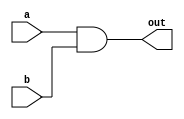
module AND (a, b, out);
	input a, b;
	output out;
    
    wire nand_ab;

    nand n1(nand_ab, a, b);
    nand n2(out, nand_ab, nand_ab);

endmodule


module OR (a, b, out);
	input a, b;
	output out;

    wire nand_aa, nand_bb;

    nand n1(nand_aa, a, a);
    nand n2(nand_bb, b, b);
    nand n3(out, nand_aa, nand_bb);

endmodule

module NOT (a, out);
	input a;
	output out;

    nand n1(out, a, a);

endmodule

module NOR (a, b, out);
	input a, b;
	output out;

    wire nand_aa, nand_bb, aorb;

    nand n1(nand_aa, a, a);
    nand n2(nand_bb, b, b);
    nand n3(aorb, nand_aa, nand_bb);
    nand n4(out, aorb, aorb);

endmodule

module XOR (a, b, out);
	input a, b;
	output out;

    wire nand_aa, nand_ab, nand_bb, aorb, axnorb;

    nand n1(nand_aa, a, a);
    nand n2(nand_bb, b, b);
    nand n3(aorb, nand_aa, nand_bb);
    nand n4(nand_ab, a, b);
    nand n5(axnorb, aorb, nand_ab);
    nand n6(out, axnorb, axnorb);

endmodule

module NAND (a, b, out);
    input a, b;
    output out;
    nand n0(out, a, b);

endmodule

module fullAdder(a, b, cin, cout, s);
    input a, b, cin;
    output cout, s;

    assign {cout,s} = a + b + cin;

endmodule

module Adder (a, b, cin, cout, s);
    input [30:0] a, b;
    input cin;
    output [30:0] s;
    output cout;
    
    wire [30:0] Xor = a ^ b;
    wire [30:0] ab = a & b;
    wire [31:0] carry = {(ab | Xor & carry[30:0]), cin};
    wire [30:0] s = Xor ^ carry[30:0];
    assign cout = carry[31];

endmodule

module AdderSubtractor (A, B, Cin, mode, Cout, Sum);
	input [31:0] A, B;
	input Cin, mode;
	output [31:0] Sum;
	output Cout;
    //wire c1;
    //Adder as(A[31], B[31]^mode, c1, c2, Sum[31]);
    //wire [30:0] Xor = A[30:0] ^ B[30:0];
    //wire [30:0] ab = A[30:0] & B[30:0];
    wire [31:0] carry = {(A[30:0] & (B[30:0]^mode)) | (A[30:0] & carry[30:0]) | ((B[30:0]^mode) & carry[30:0]), Cin};
    assign Sum[30:0] =  A[30:0] ^ (B[30:0]^mode) ^ carry[30:0];
    //assign Sum[30:0] = 32'b0111_1111_1111_0111_0001_0000_1101_10;
    assign Sum[31] = A[31] ^ (B[31]^mode) ^ carry[31];
    //assign {Cout, Sum[31]} = A[31] + (B[31]^mode) + carry[31];
    //assign Cout = carry[32];
    //assign Sum[30:0] = s;
    assign Cout = (A[31] & (B[31]^mode)) | ((B[31]^mode) & carry[31]) | (carry[31] & A[31]);
    // Adder ai(A[30:0], B[30:0]^mode, Cin, c1, Sum[30:0]);

endmodule



module ALU (A, B, sel, Cin, Y, Cout, Negative, Zero, Overflow);
	input [31:0] A, B;
	input [3:0] sel;
	input Cin;
	output [31:0] Y;
	output Cout, Negative, Zero, Overflow;
    reg [31:0] Y;
    reg Cout, Negative, Zero, Overflow;
    wire [31:0] Sum;
    wire out_AND, out_OR, out_NOT, out_NOR, out_XOR, out_NAND, Cout_add, Cout_mult;

    always @(*) begin
        case(sel)
            4'b0000:begin 
                Y = {31'b0, out_AND};
                Negative = 1'b0;
                Cout = 1'b0;
                Overflow = 1'b0;
                Zero = ~Y[0];	
            end
            4'b0001:begin
                Y = {31'b0, out_OR};
                Negative = 1'b0;
                Cout = 1'b0;
                Overflow = 1'b0;
                Zero = ~Y[0];		
            end
            4'b0010:begin
                Y = {31'b0, out_NOT};
                Negative = 1'b0;
                Cout = 1'b0;
                Overflow = 1'b0;
                Zero = ~Y[0];		
            end
            4'b0011:begin
                Y = {31'b0, out_NOR};
                Negative = 1'b0;
                Cout = 1'b0;
                Overflow = 1'b0;
                Zero = ~Y[0];		
            end
            4'b0100:begin
                Y = {31'b0, out_XOR};
                Negative = 1'b0;
                Cout = 1'b0;
                Overflow = 1'b0;
                Zero = ~Y[0];		
            end
            4'b0101:begin
                Y = {31'b0, out_NAND};
                Negative = 1'b0;
                Cout = 1'b0;
                Overflow = 1'b0;
                Zero = ~Y[0];		
            end
            4'b0110:begin
                Y = Sum;
                Negative = Y[31];
                Cout = Cout_add;
                Overflow = (!(B[31]^A[31])) & (A[31]^Y[31]);
                Zero = (Y == 32'b0) ? 1'b1 : 1'b0;	
            end
            4'b0111:begin
                Y = Sum;
                Negative = Y[31];
                Cout = 1'b0;
                Overflow = (!(!B[31]^A[31])) & (A[31]^Y[31]);
                Zero = (Y == 32'b0) ? 1'b1 : 1'b0;
            end
            4'b1000:begin
                Y = Sum;
                Negative = Y[31];
                Cout = 1'b0;
                Overflow = (!(!B[31]^A[31])) & (A[31]^Y[31]);
                Zero = (Y == 32'b0) ? 1'b1 : 1'b0;
            end
            /*4'b1001:begin
                Negative = 1'b0;
                Cout = Cout_mult;
                Overflow = 1'b0;
                Zero = (Y == 32'b0) ? 1'b1 : 1'b0;
            end*/
            4'b1010:begin
                Y = A << 1'b1;
                Negative = Y[31];
                Cout = A[31];
                Overflow = Y[31] ^ A[31];
                Zero = (Y == 32'b0) ? 1'b1 : 1'b0;
            end
            4'b1011:begin
                Y = A <<< 1'b1;
                Negative = Y[31];
                Cout = A[31];
                Overflow = Y[31] ^ A[31];
                Zero = (Y == 32'b0) ? 1'b1 : 1'b0;
            end
            4'b1100:begin
                Y = A >> 1'b1;
                Negative = 1'b0;
                Cout = 1'b0;
                Overflow = 1'b0;
                Zero = (Y == 32'b0) ? 1'b1 : 1'b0;
            end
            4'b1101:begin
                Y = $signed(A) >>> 1'b1;
                Cout = 1'b0;
                Overflow = 1'b0;
                Zero = (Y == 32'b0) ? 1'b1 : 1'b0;
            end
        endcase
    end

    AND AandB(.a(A[0]), .b(B[0]), .out(out_AND));
    OR AorB(.a(A[0]), .b(B[0]), .out(out_OR));
    NOT notA(.a(A[0]), .out(out_NOT));
    NOR AnorB(.a(A[0]), .b(B[0]), .out(out_NOR));
    XOR AxorB (.a(A[0]), .b(B[0]), .out(out_XOR));
    NAND AnandB (.a(A[0]), .b(B[0]), .out(out_NAND));
    AdderSubtractor Add (.A(A[31:0]), .B(B[31:0]), .Cin(sel[0]|sel[3]|Cin), .mode(sel[0]|sel[3]), .Cout(Cout_add), .Sum(Sum));
endmodule